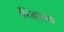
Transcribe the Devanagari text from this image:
पैरेडाक्सा